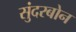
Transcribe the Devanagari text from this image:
सुंदरबोन